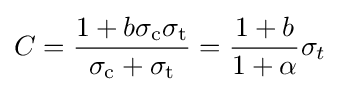
C={\frac {1+b{\sigma _{\text{c}}}{\sigma _{\text{t}}}}{{\sigma _{\text{c}}}+{\sigma _{\text{t}}}}}={\frac {1+b}{1+\alpha }}{\sigma _{t}}